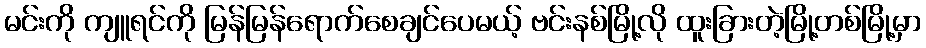
မင်းကို ကျူရင်ကို မြန်မြန်ရောက်စေချင်ပေမယ့် ဗင်းနစ်မြို့လို ထူးခြားတဲ့မြို့တစ်မြို့မှာ